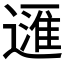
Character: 𲅴